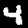
Digit: 4